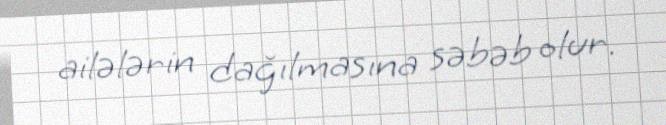
ailələrin dağılmasına səbəb olur.